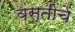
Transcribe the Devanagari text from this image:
वस्तीचें